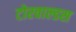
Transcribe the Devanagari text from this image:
टोरवाल्डस